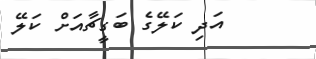
އަދި ކަލޭގެ ބަގީޗާއަށް ކަލޭ